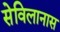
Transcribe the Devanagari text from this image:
सेविलानास